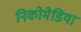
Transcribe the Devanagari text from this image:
निकोमेडिया